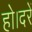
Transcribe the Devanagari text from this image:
हो।दरें